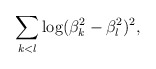
\begin{align*} \sum_{k<l} \log (\beta_k^2 - \beta_l^2)^2,\end{align*}